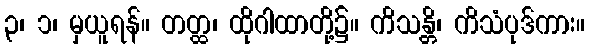
၃၊ ၁၊ မှယူရန်။ တတ္ထ၊ ထိုဂါထာတို့၌။ ကိသန္တိ၊ ကိသံပုဒ်ကား။